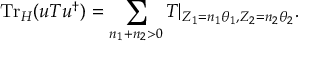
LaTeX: \mathrm { T r } _ { \cal H } ( u T u ^ { \dag } ) = \sum _ { n _ { 1 } + n _ { 2 } > 0 } T | _ { Z _ { 1 } = n _ { 1 } \theta _ { 1 } , Z _ { 2 } = n _ { 2 } \theta _ { 2 } } .